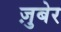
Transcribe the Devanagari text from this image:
ज़ुबेर